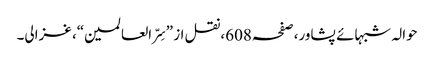
حوالہ شبہائے پشاور،صفحہ608،نقل از ”سِرّ العالمین“، غزالی۔